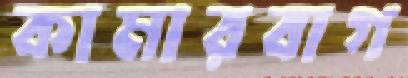
কামারবাগ